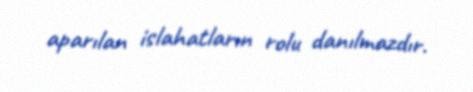
aparılan islahatların rolu danılmazdır.